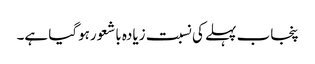
پنجاب پہلے کی نسبت زیادہ باشعورہوگیا ہے۔